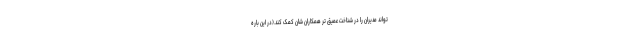
تواند مدیران را در شناخت عمیق تر همکاران شان کمک کند.(در این باره